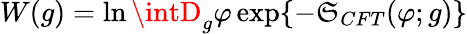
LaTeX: W(g)=\ln\intD_{g}\varphi\exp\{ -\mathfrak{S}_{CFT}(\varphi;g)\}